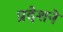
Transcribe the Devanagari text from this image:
प्रदेशने